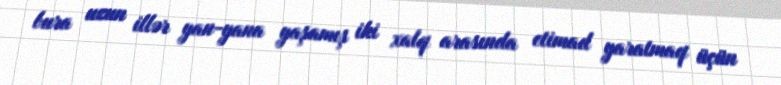
bura uzun illər yan-yana yaşamış iki xalq arasında etimad yaratmaq üçün